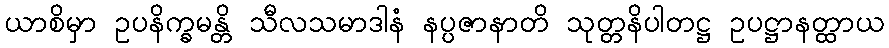
ယာစိမှာ ဥပနိက္ခမန္တိ သီလသမာဒါနံ နပ္ပဇာနာတိ သုတ္တနိပါတဋ္ဌ ဥပဋ္ဌာနတ္ထာယ